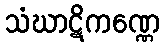
သံဃာဋိကဏ္ဏေ